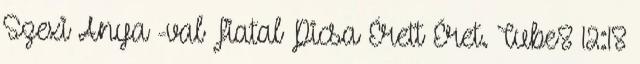
Szexi Anya -val Fiatal Picsa Érett Éret. Tube8 12:18